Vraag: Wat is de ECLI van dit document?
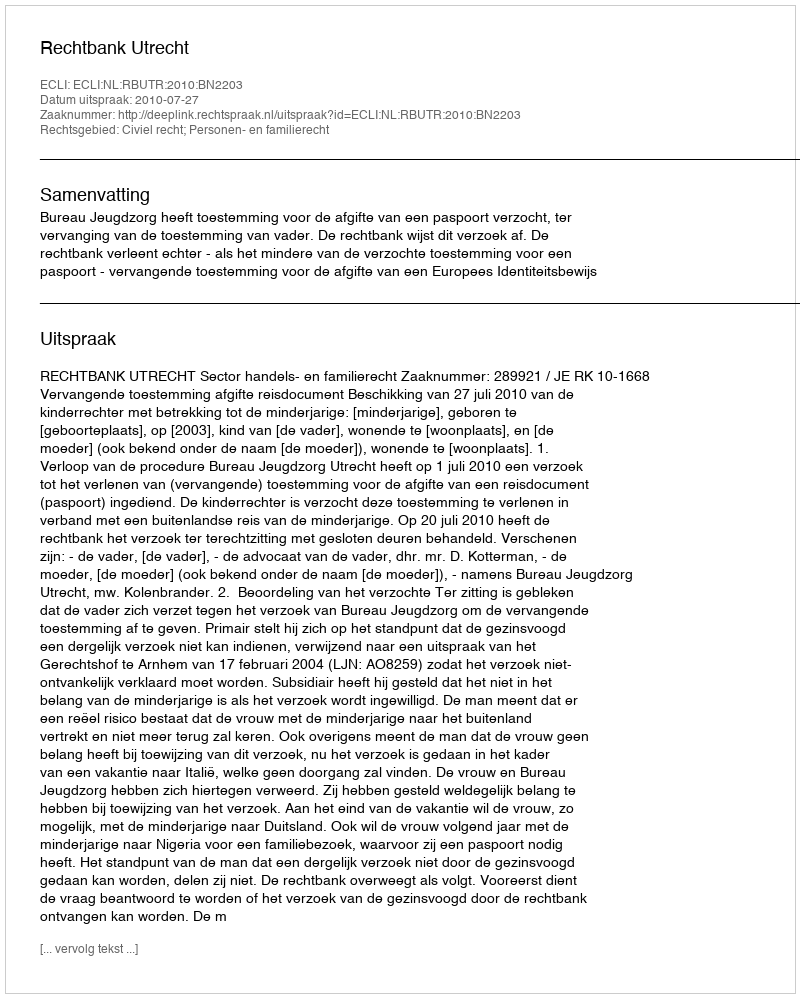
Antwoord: ECLI:NL:RBUTR:2010:BN2203